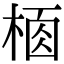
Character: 𣔸